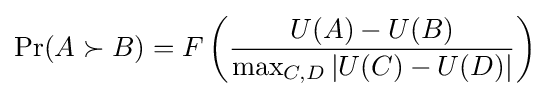
\Pr(A\succ B)=F\left({\frac {U(A)-U(B)}{\max _{C,D}|U(C)-U(D)|}}\right)